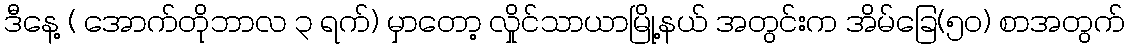
ဒီနေ့ ( အောက်တိုဘာလ ၃ ရက်) မှာတော့ လှိုင်သာယာမြို့နယ် အတွင်းက အိမ်ခြေ(၅၀) စာအတွက်